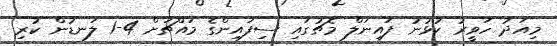
މިއަދު ހަވީރު ކުޅުނު ފައިނަލް މެޗުގައި ސިފައިންގެ މައްޗަށް 4-1 ލަނޑުން ކުރި